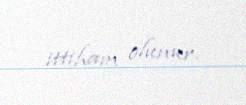
ittiham olunur.